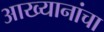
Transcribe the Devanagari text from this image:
आख्यानांचा